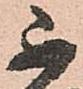
不